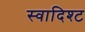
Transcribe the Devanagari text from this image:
स्वादिश्ट